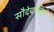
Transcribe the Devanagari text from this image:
सौदेबाज़ियाँ